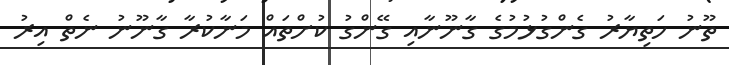
ތޫނު ހަތިޔާރު ގެންގުޅުމުގެ ގާނޫނާއި ގޭންގު ކުށްތައް މަނާކުރާ ގާނޫނު ނެތް އިރު